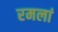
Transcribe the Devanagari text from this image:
रमलां